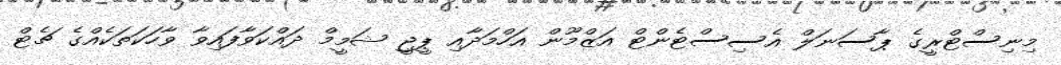
މިނިސްޓްރީގެ ޕާސަނަލް އެސިސްޓެންޓް އަޒްމޫން އަހްމަދާއި ޕީޖީ ޝަމީމް ދައްކަވާފައިވާ ވާހަކަތަކެއްގެ ޗެޓް